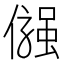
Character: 𠍋